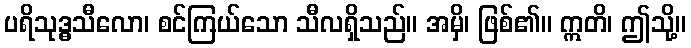
ပရိသုဒ္ဓသီလော၊ စင်ကြယ်သော သီလရှိသည်။ အမှိ၊ ဖြစ်၏။ ဣတိ၊ ဤသို့။